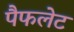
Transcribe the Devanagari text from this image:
पैफलेट